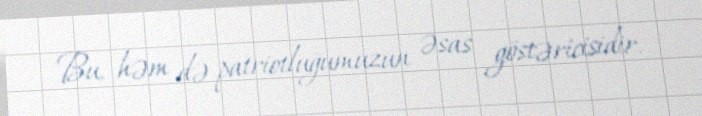
Bu, həm də patriotluğumuzun əsas göstəricisidir.